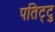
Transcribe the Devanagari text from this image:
पतिट्टु